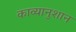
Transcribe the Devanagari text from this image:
काव्यानुशान